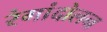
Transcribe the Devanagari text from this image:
रंगांदोलन